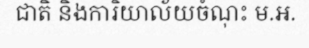
ជាតិ និងការិយាល័យចំណុះ ម.អ.